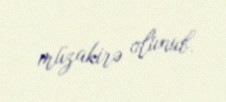
müzakirə olunub.